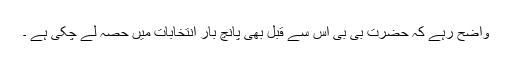
واضح رہے کہ حضرت بی بی اس سے قبل بھی پانچ بار انتخابات میں حصہ لے چکی ہے ۔